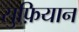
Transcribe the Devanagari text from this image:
सुफ़ियान